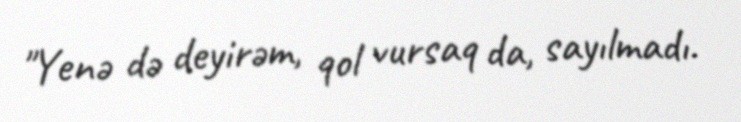
"Yenə də deyirəm, qol vursaq da, sayılmadı.